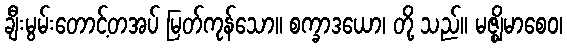
ချီးမွမ်းတောင့်တအပ် မြတ်ကုန်သော။ စက္ခာဒယော၊ တို့ သည်။ မဇ္ဈိမာစေဝ၊